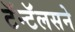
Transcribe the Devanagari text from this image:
टॅन्टॅलसने